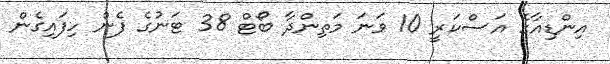
އިންޑިއާގެ އަސްކަރީ 10 ވަނަ މަތިންދާ ބޯޓް 38 ޓަނުގެ ފެން ހިފައިގެން